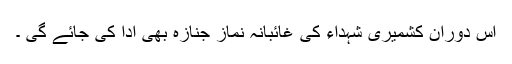
اس دوران کشمیری شہداء کی غائبانہ نماز جنازہ بھی ادا کی جائے گی ۔